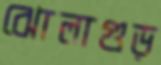
ঝোলাগুড়